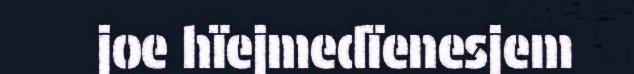
joe hïejmedïenesjem